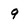
Character: 9